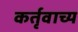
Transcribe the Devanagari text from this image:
कर्तृवाच्य